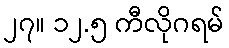
၂၇။ ၁၂.၅ ကီလိုဂရမ်